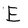
Character: E